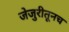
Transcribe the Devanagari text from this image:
जेजुरीतूनच